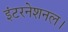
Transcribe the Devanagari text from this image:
इंटरनेशनल।